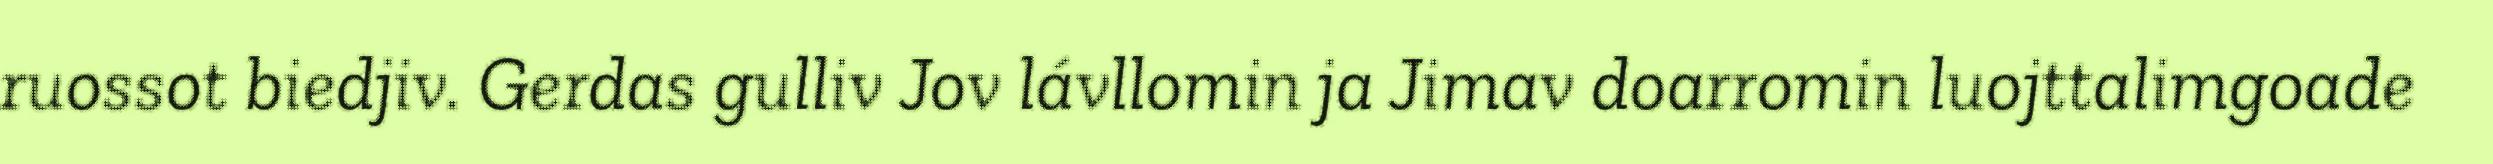
ruossot biedjiv. Gerdas gulliv Jov lávllomin ja Jimav doarromin luojttalimgoade